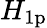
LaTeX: H_{\mathrm{1p}}